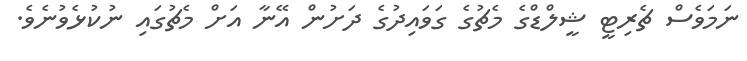
ނަމަވެސް ޗެރިޓީ ޝީލްޑްގެ މެޗުގެ ގަވައިދުގެ ދަށުން އޭނާ އަށް މެޗުގައި ނުކުޅެވުނެވެ.